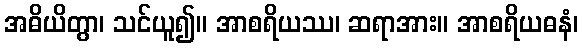
အဓိယိတွာ၊ သင်ယူ၍။ အာစရိယဿ၊ ဆရာအား။ အာစရိယဓနံ၊